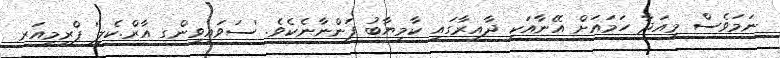
ނަމަވެސް މިއަދާ ހަމައަށް އޭނާއަކީ ދާއިރާގައި ކާމިޔާބު ފަންނާނެކެވެ. 'ސަވައިވިންގ އާރް.ކެލީ' ޕްރިމިއަރ